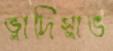
ভ্লাদিস্লাভ